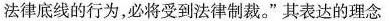
法律底线的行为，必将受到法律制裁。”其表达的理念